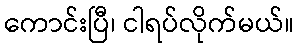
ကောင်းပြီ၊ ငါရပ်လိုက်မယ်။